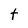
Character: t